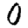
Digit: 0